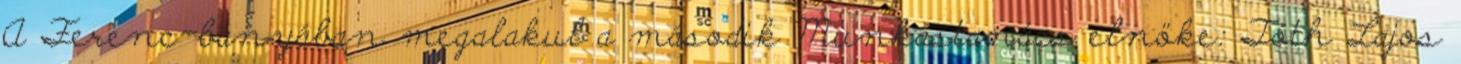
A Ferenc-bányában megalakul a második Munkástanács elnöke: Tóth Lajos